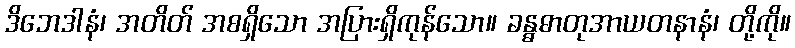
ဒိဘေဒါနံ၊ အတိတ် အစရှိသော အပြားရှိကုန်သော။ ခန္ဓဓာတုအာယတနာနံ၊ တို့ကို။